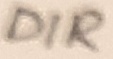
Text: DIR